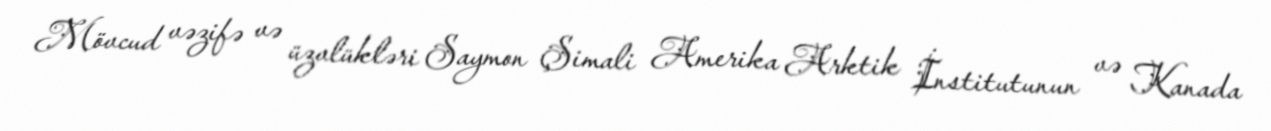
Mövcud vəzifə və üzvlükləri Saymon Şimali Amerika Arktik İnstitutunun və Kanada